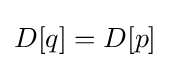
D[q]=D[p]